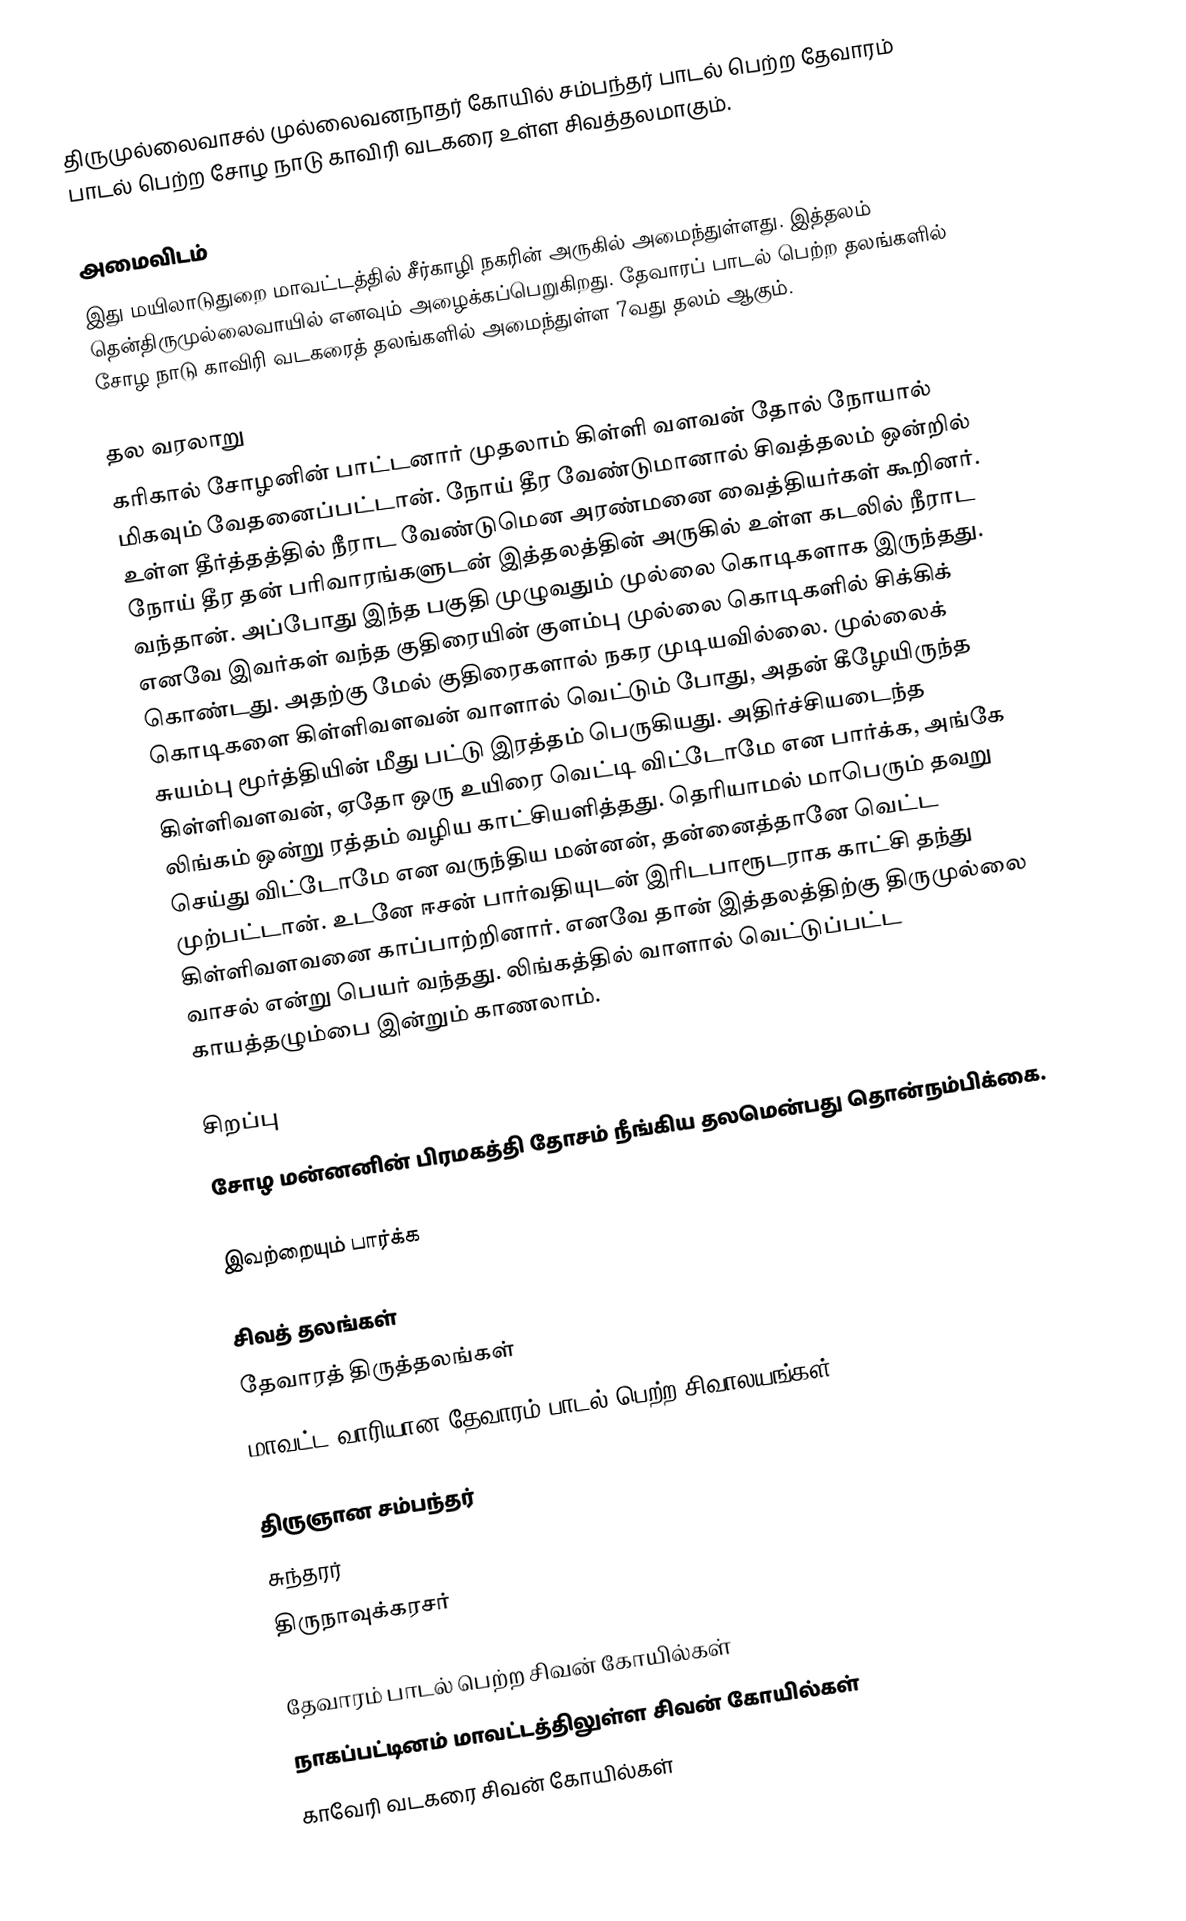
திருமுல்லைவாசல் முல்லைவனநாதர் கோயில் சம்பந்தர் பாடல் பெற்ற தேவாரம் பாடல் பெற்ற சோழ நாடு காவிரி வடகரை உள்ள சிவத்தலமாகும்.

அமைவிடம்
இது மயிலாடுதுறை மாவட்டத்தில் சீர்காழி நகரின் அருகில் அமைந்துள்ளது.  இத்தலம் தென்திருமுல்லைவாயில் எனவும் அழைக்கப்பெறுகிறது. தேவாரப் பாடல் பெற்ற தலங்களில் சோழ நாடு காவிரி வடகரைத் தலங்களில் அமைந்துள்ள  7வது தலம் ஆகும்.

தல வரலாறு
கரிகால் சோழனின் பாட்டனார் முதலாம் கிள்ளி வளவன் தோல் நோயால் மிகவும் வேதனைப்பட்டான். நோய் தீர வேண்டுமானால் சிவத்தலம் ஒன்றில் உள்ள தீர்த்தத்தில் நீராட வேண்டுமென அரண்மனை வைத்தியர்கள் கூறினர். நோய் தீர தன் பரிவாரங்களுடன் இத்தலத்தின் அருகில் உள்ள கடலில் நீராட வந்தான். அப்போது இந்த பகுதி முழுவதும் முல்லை கொடிகளாக இருந்தது. எனவே இவர்கள் வந்த குதிரையின் குளம்பு முல்லை கொடிகளில் சிக்கிக் கொண்டது. அதற்கு மேல் குதிரைகளால் நகர முடியவில்லை. முல்லைக் கொடிகளை கிள்ளிவளவன் வாளால் வெட்டும் போது, அதன் கீழேயிருந்த சுயம்பு மூர்த்தியின் மீது பட்டு இரத்தம் பெருகியது. அதிர்ச்சியடைந்த கிள்ளிவளவன், ஏதோ ஒரு உயிரை வெட்டி விட்டோமே என பார்க்க, அங்கே லிங்கம் ஒன்று ரத்தம் வழிய காட்சியளித்தது. தெரியாமல் மாபெரும் தவறு செய்து விட்டோமே என வருந்திய மன்னன், தன்னைத்தானே வெட்ட முற்பட்டான். உடனே ஈசன் பார்வதியுடன் இரிடபாரூடராக காட்சி தந்து கிள்ளிவளவனை காப்பாற்றினார். எனவே தான் இத்தலத்திற்கு திருமுல்லை வாசல் என்று பெயர் வந்தது. லிங்கத்தில் வாளால் வெட்டுப்பட்ட காயத்தழும்பை இன்றும் காணலாம்.

சிறப்பு
சோழ மன்னனின் பிரமகத்தி தோசம் நீங்கிய தலமென்பது தொன்நம்பிக்கை.

இவற்றையும் பார்க்க

 சிவத் தலங்கள்
 தேவாரத் திருத்தலங்கள்
 மாவட்ட வாரியான தேவாரம் பாடல் பெற்ற சிவாலயங்கள்

 திருஞான சம்பந்தர்
 சுந்தரர்
 திருநாவுக்கரசர்

தேவாரம் பாடல் பெற்ற சிவன் கோயில்கள்
நாகப்பட்டினம் மாவட்டத்திலுள்ள சிவன் கோயில்கள்
காவேரி வடகரை சிவன் கோயில்கள்